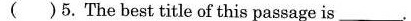
( )5.The best title of this passage is